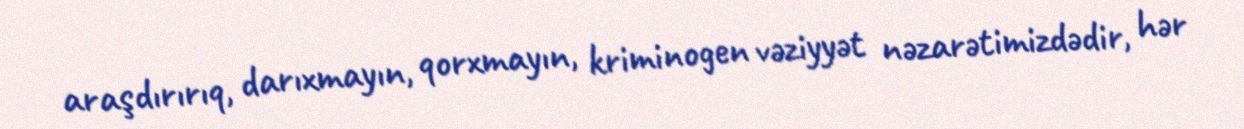
araşdırırıq, darıxmayın, qorxmayın, kriminogen vəziyyət nəzarətimizdədir, hər